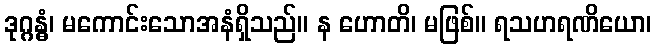
ဒုဂ္ဂန္ဓံ၊ မကောင်းသောအနံရှိသည်။ န ဟောတိ၊ မဖြစ်။ ရသဟရဏိယော၊